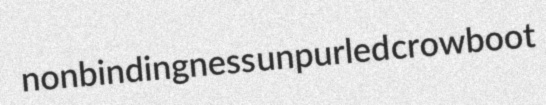
nonbindingness unpurled crowboot